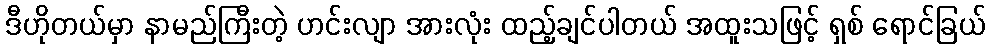
ဒီဟိုတယ်မှာ နာမည်ကြီးတဲ့ ဟင်းလျာ အားလုံး ထည့်ချင်ပါတယ် အထူးသဖြင့် ရှစ် ရောင်ခြယ်